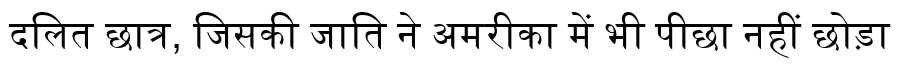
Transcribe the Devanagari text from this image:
दलित छात्र, जिसकी जाति ने अमरीका में भी पीछा नहीं छोड़ा